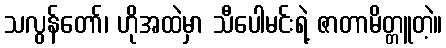
သလွန်တော်၊ ဟိုအထဲမှာ သီပေါမင်းရဲ့ ဇာတာမိတ္တူတဲ့။